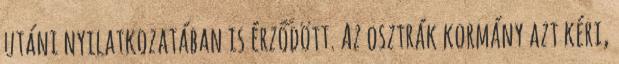
utáni nyilatkozatában is érződött. Az osztrák kormány azt kéri,